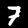
Digit: 7